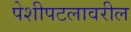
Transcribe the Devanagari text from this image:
पेशीपटलावरील